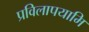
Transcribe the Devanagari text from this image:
प्रविलापयामि